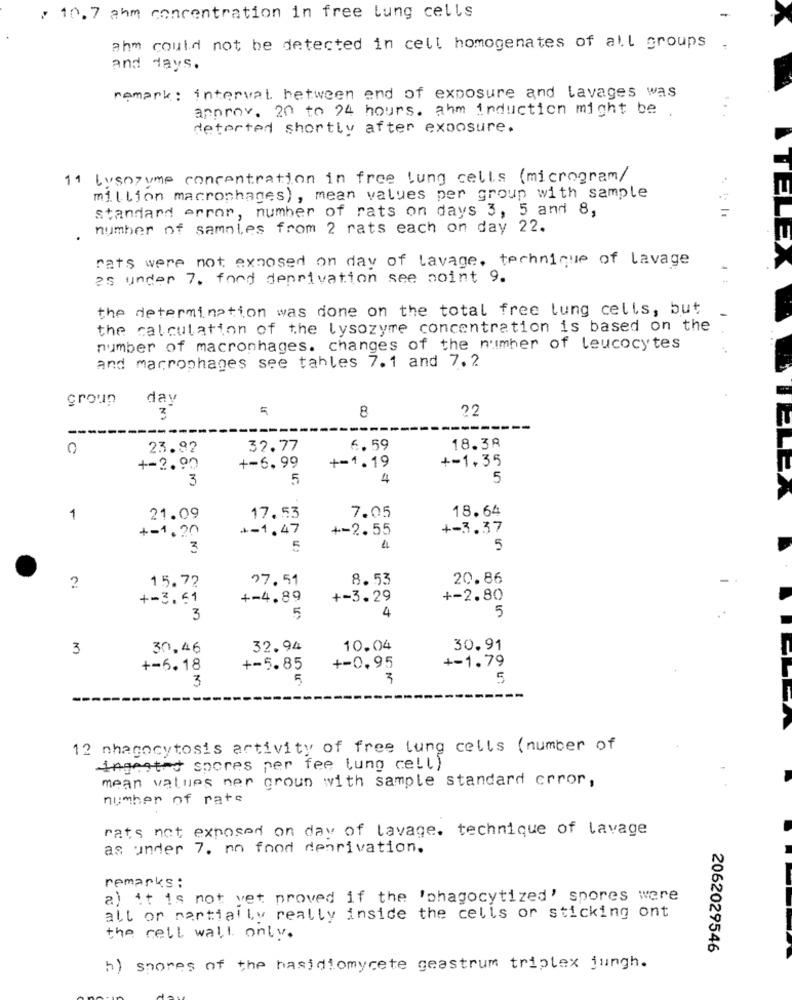
, 10.7 ahm concentration in free lung cells
ahm could not be detected in cell homogenates of all groups
and days.
remark: interval between end of exposure and lavages was
approx. 20 to 24 hours. ahm induction might be .
...
deterted shortly after exposure.
11 Lysozyme concentration in free lung cells (microgram/
million macrophages) , mean values per group with sample
standard error, number of rats on days 3, 5 and 8,
number of samnies from 2 rats each on day 22.
E
rats were not exposed on day of lavage, technique of lavage
es under 7. ford deprivation see point 9.
the determination was done on the total free lung cells, but
the calculation of the lysozyme concentration is based on the
number of macronhages. changes of the number of leucocytes
and macrophages see tahles 7.1 and 7.2
unou5
day
8
22
3
--
--
-----
0
23.92
32.77
6. 59
18.38
+-1,35
+-2.90
+-6.99
+=1.19
3
5
4
5
18.64
1
21.09
17.53
7.05
+-1.20
+-1,47
+-2.55
+-3.37
3
5
4
5
15.72
27.51
8.53
20.86
+-3.61
+-4.89
+-3.29
+-2.80
3
5
4
5
3
30,46
32.94
10.04
30.91
+-6.18
+-5.85
+-0.95
+-1.79
3
5
3
5
---
12 nhagocytosis activity of free lung cells (number of
ingested spores per fee lung cell)
mean values ner groun with sample standard crror,
number of rate
rats not exposed on day of lavage. technique of lavage
as under 7. no food deprivation.
remarks:
a) it is not yet proved if the 'phagocytized' spores were
all or partially really inside the cells or sticking ont
the cell wall only.
2062029546
h) shores of the basidiomycete geastrum triplex jungh.